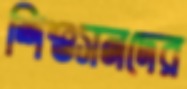
শিশুসনদের